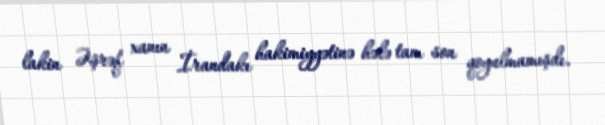
lakin Əşrəf xanın İrandakı hakimiyyətinə hələ tam son qoyulmamışdı.